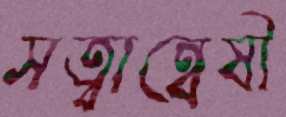
সত্বান্বেষী